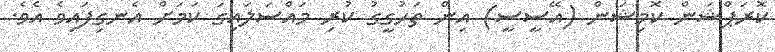
ކޮރަޕްޝަން ކޮމިޝަން (އޭސީސީ) އިން ތަހުގީގު ކުރި މައްސަލައިގަ ކަމަށް އެނގިފައިވެ އެވެ.